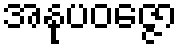
အနုပဝဇ္ဇော